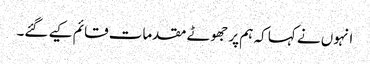
انہوں نے کہا کہ ہم پر جھوٹے مقدمات قائم کیے گئے۔